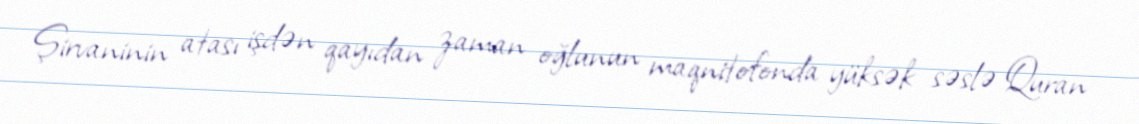
Şirvaninin atası işdən qayıdan zaman oğlunun maqnitofonda yüksək səslə Quran